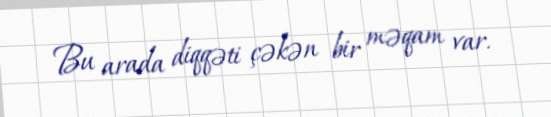
Bu arada diqqəti çəkən bir məqam var.